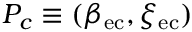
P _ { c } \equiv ( \beta _ { \mathrm { { e c } } } , \xi _ { \mathrm { { e c } } } )